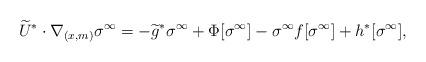
LaTeX: \begin{align*}\widetilde{U}^*\cdot\nabla_{(x,m)}\sigma^{\infty}=-\widetilde{g}^*\sigma^{\infty} + \Phi [\sigma^{\infty} ] - \sigma^{\infty} f[\sigma^{\infty}] + h^*[\sigma^{\infty}] ,\end{align*}